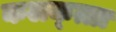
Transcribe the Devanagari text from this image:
कलक्‍त्ता